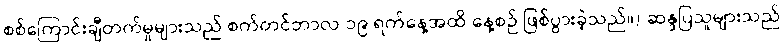
စစ်ကြောင်းချီတက်မှုများသည် စက်တင်ဘာလ ၁၉ ရက်နေ့အထိ နေ့စဉ် ဖြစ်ပွားခဲ့သည်။) ဆန္ဒပြသူများသည်